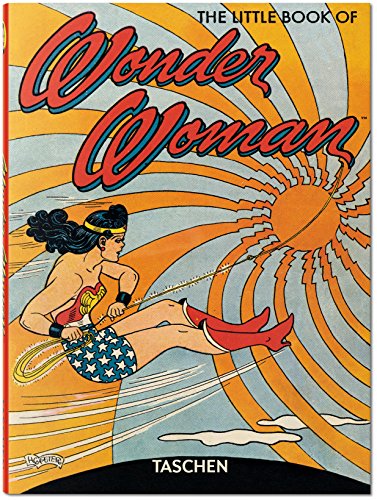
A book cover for The Little Book of Wonder Woman (English, French and German Edition); Paul Levitz; Comics & Graphic Novels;